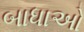
બાધાઓ